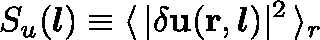
S _ { u } ( \boldsymbol { l } ) \equiv \langle \, \mathbf { \lvert \delta u ( r , } \, \boldsymbol { l } ) \rvert ^ { 2 } \, \rangle _ { r }